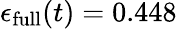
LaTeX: \epsilon_{\mathrm{full}}(t)=0.448